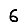
Digit: 6